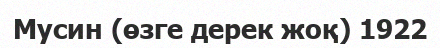
Мусин (өзге дерек жоқ) 1922